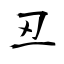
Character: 丒